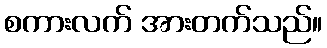
စကားလက် အားတက်သည်။